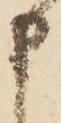
申